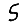
Digit: 5